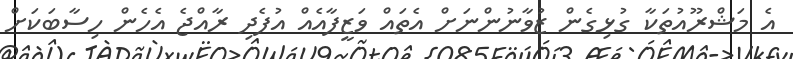
އެ މަޝްރޫއުތަކާ ގުޅިގެން ޒުވާނުންނަށް އެތައް ވަޒީފާއެއް އުފެދި ރާއްޖެ އެހެން ހިސާބަކަށް